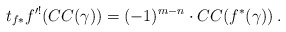
\begin{align*}t_{f*}f'^!(CC(\gamma)) = (-1)^{m-n}\cdot CC(f^*(\gamma))\:.\end{align*}